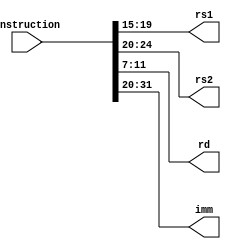
module inst_decoder (instruction, rs1, rs2, rd, imm);
input[31:0] instruction;

output wire[4:0] rs1, rs2, rd;
output wire[11:0] imm;

assign rd = instruction[11:7];
assign rs1 = instruction[19:15];
assign rs2 = instruction[24:20];
assign imm = instruction[31:20];

endmodule